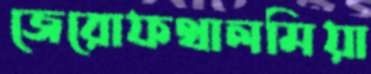
জেরোফথালমিয়া